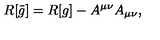
R [ \tilde { g } ] = R [ g ] - A ^ { \mu \nu } A _ { \mu \nu } ,